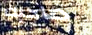
صاحبك